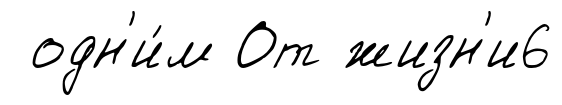
одн'и́м От жизн'и6